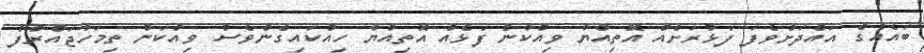
ބައެއްގެ އައްދަށުވެފަ ފަޅުރަށެއް އޮތިއްޔާ ވިއްކާނެ ފަޅެއް އޮތިއްޔާ ހިއްކައިގެންވެސް ވިއްކަން ތިމަހާޖައްރާފު